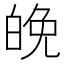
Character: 𪽿